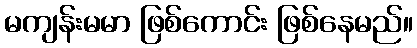
မကျန်းမမာ ဖြစ်ကောင်း ဖြစ်နေမည်။